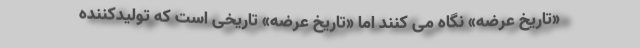
«تاریخ عرضه» نگاه می کنند اما «تاریخ عرضه» تاریخی است که تولیدکننده